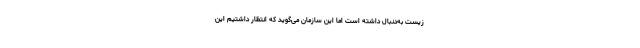
زیست به‌دنبال داشته است اما این سازمان می‌گوید که انتظار داشتیم این